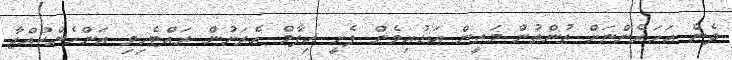
ދެން އަހަރެންނަށް ތުންތުން މަތީން އަޑުއިވެން ފެށީ އިފާމް އެރަށުން ރައްޓެހިވި އަންހެންކުއްޖާ